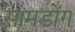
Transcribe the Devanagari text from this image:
सामडोंग